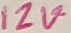
Text: 12V